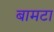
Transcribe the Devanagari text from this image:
बामटा